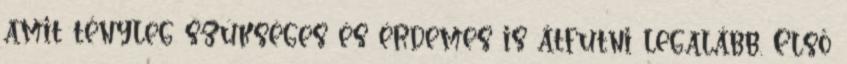
amit tényleg szükséges és érdemes is átfutni legalább. Első